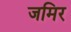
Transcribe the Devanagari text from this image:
जमिर